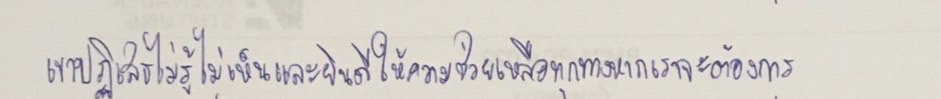
เขาปฏิเสธไม่รู้ไม่เห็นและยินดีให้ความช่วยเหลือทุกทางหากเราจะต้องการ"